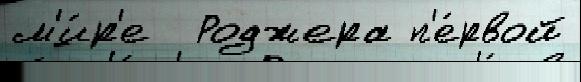
м'и́р'е  Роджера п'е́рвой